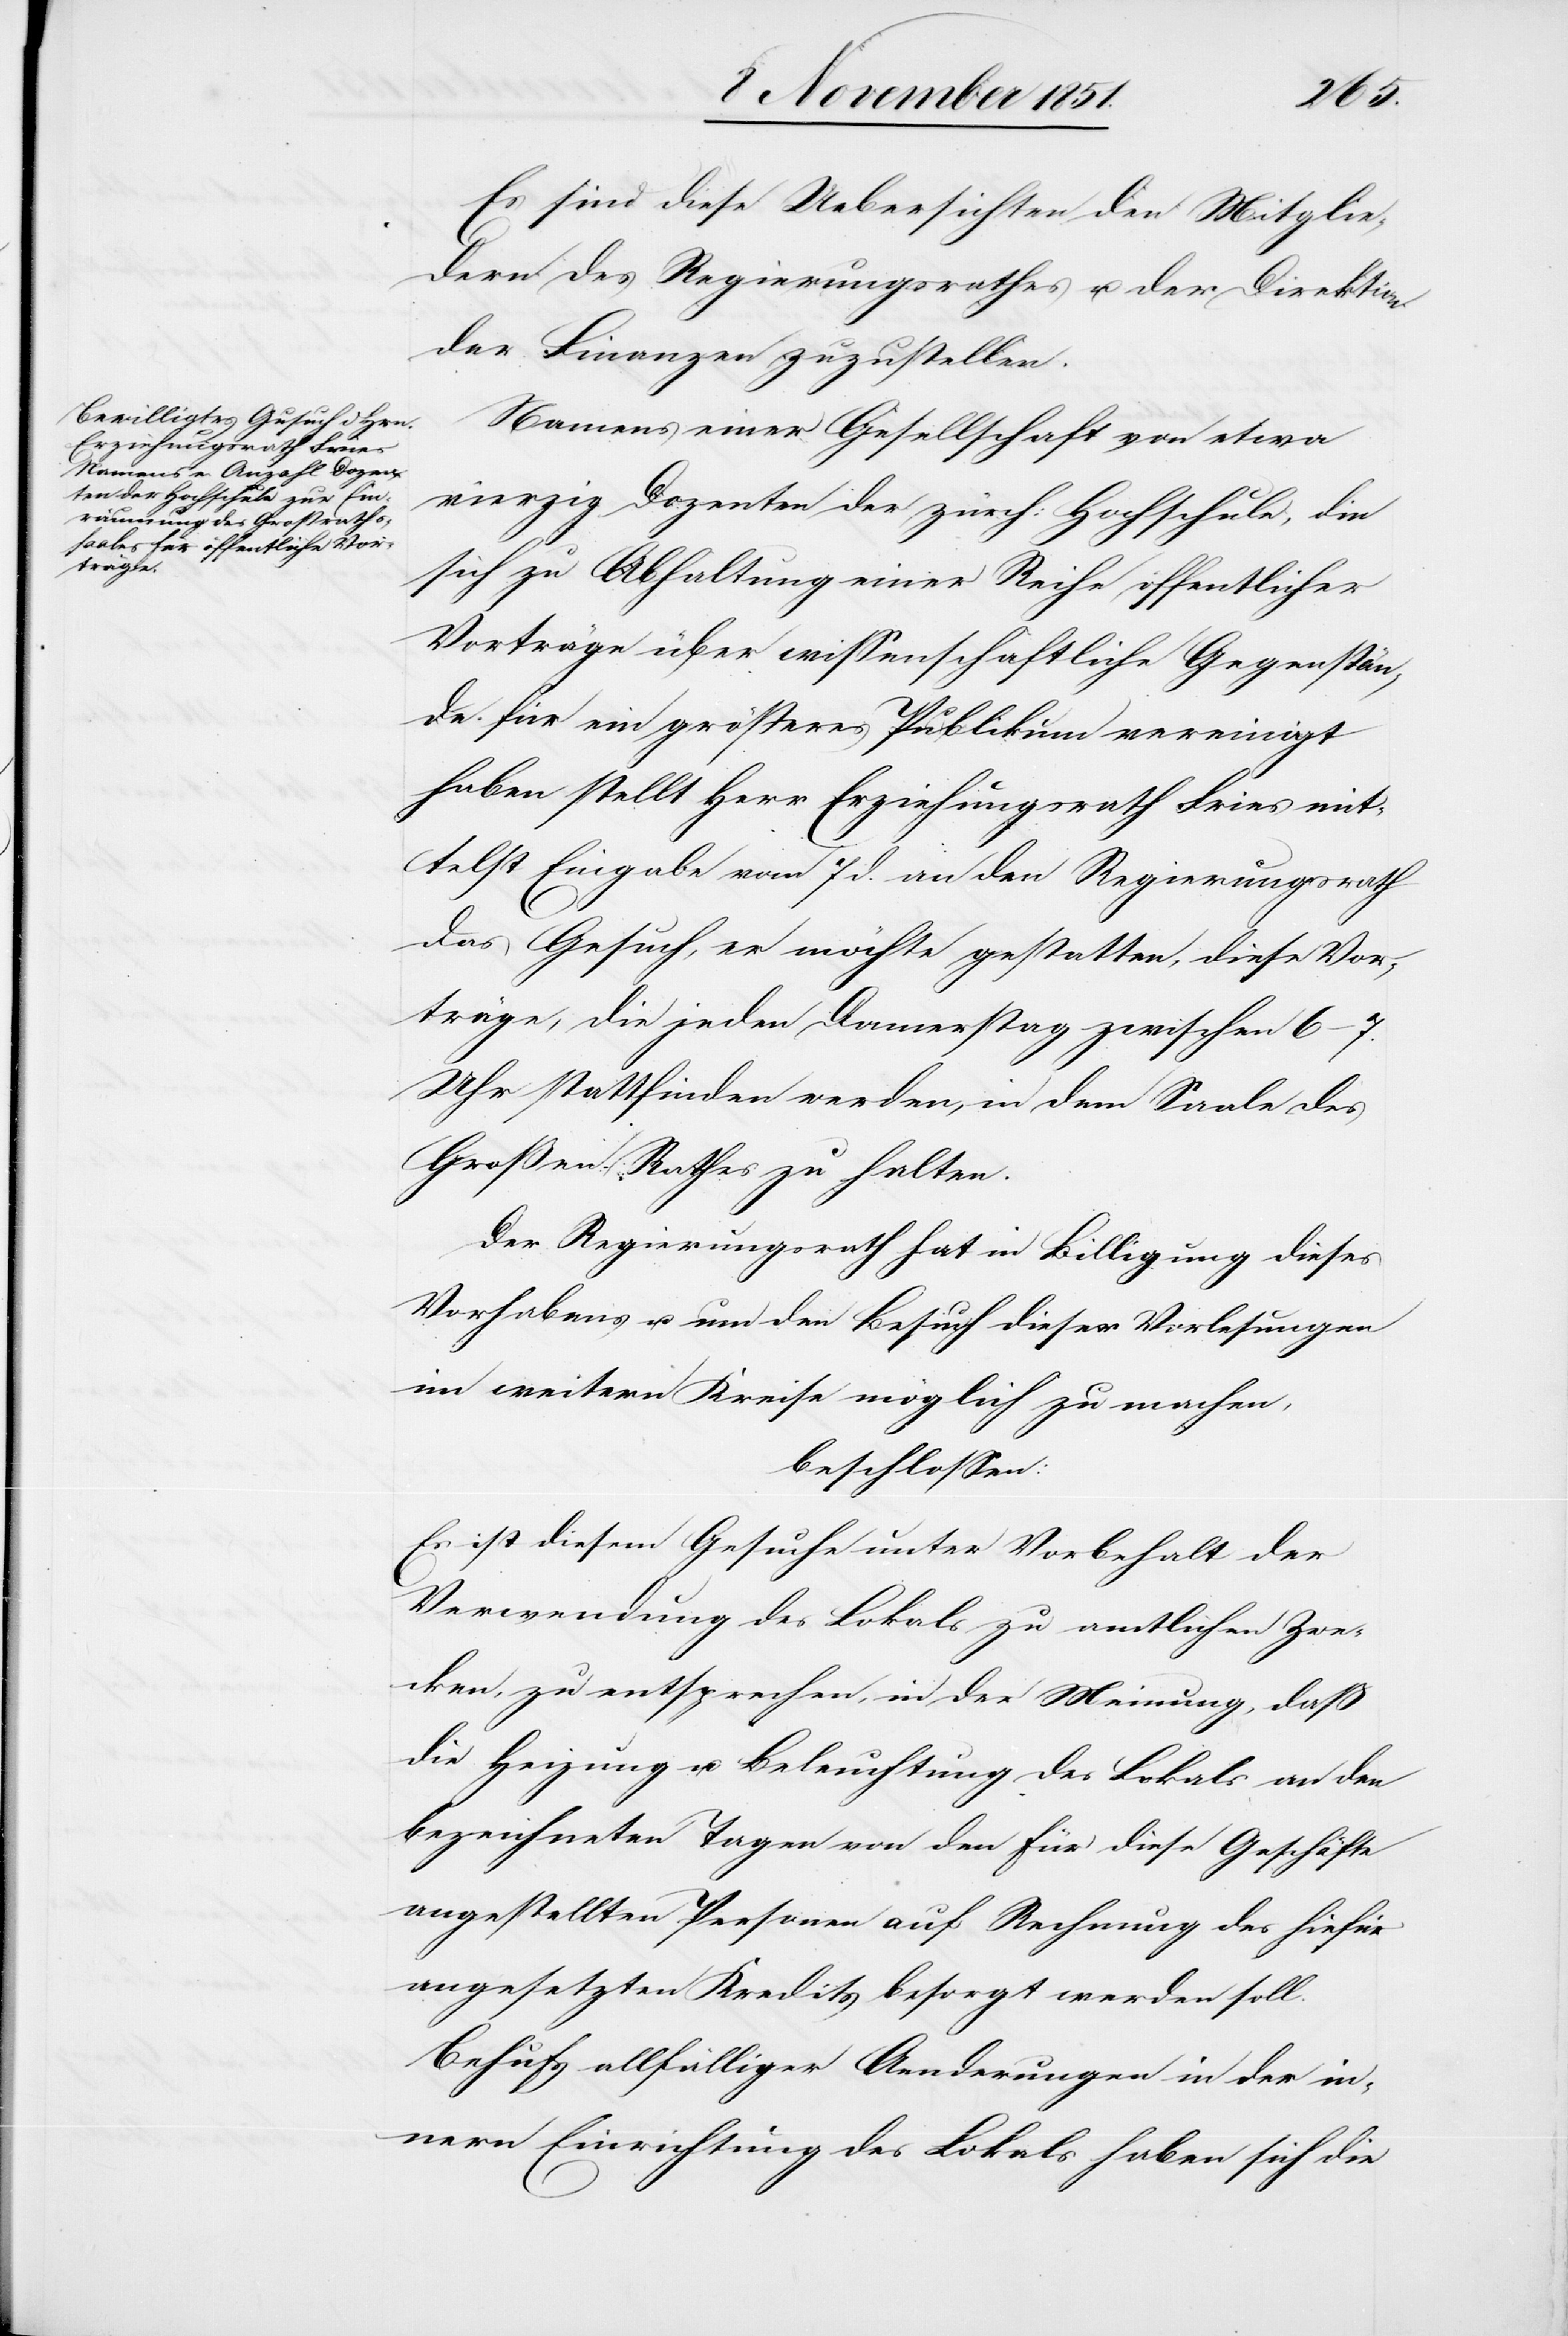
Es sind diese Uebersichten den Mitglie¬
dern des Regierungsrathes u. der Direktion
der Finanzen zuzustellen.
Namens einer Gesellschaft von etwa
vierzig Dozenten der zürch: Hochschule, die
sich zu Abhaltung einer Reihe öffentlicher
Vorträge über wissenschaftliche Gegenstän¬
de für ein größeres Publikum vereinigt
haben stellt Herr Erziehungsrath Fries mit¬
telst Eingabe vom 7 d. an den Regierungsrath
das Gesuch, er möchte gestatten, diese Vor¬
träge, die jeden Donnerstag zwischen 6–7.
Uhr stattfinden werden, in dem Saale des
Großen Rathes zu halten.
Der Regierungsrath hat in Billigung dieses
Vorhabens u. um den Besuch dieser Vorlesungen
im weitern Kreise möglich zu machen,
beschlossen:
Es ist diesem Gesuche unter Vorbehalt der
Verwendung des Lokals zu amtlichen Zwe¬
cken, zu entsprechen, in der Meinung, daß
die Heizung u. Beleuchtung des Lokals an den
bezeichneten Tagen von den für diese Geschäfte
angestellten Personen auf Rechnung des hiefür
angesetzten Kredits besorgt werden soll.
Behufs allfälliger Aenderungen in der in¬
nern Einrichtung des Lokals haben sich die